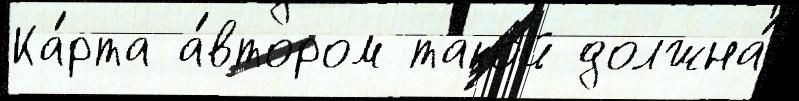
Ка́рта а́втором такой должна́